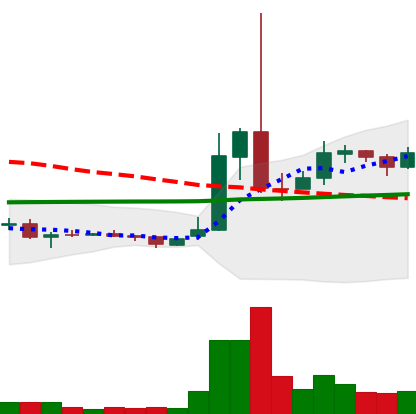
Ticker: XRP-USD
Chart end date: 2021-02-08
Forward return: 40.494%
Label: up_7plus